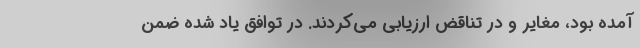
آمده بود، مغایر و در تناقض ارزیابی می‌کردند. در توافق یاد شده ضمن